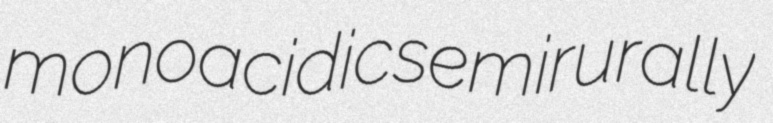
monoacidic semirurally